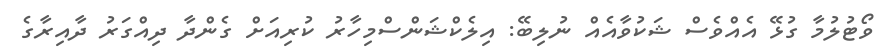
ވޯޓުލުމާ ގުޅޭ އެއްވެސް ޝަކުވާއެއް ނުލިބޭ: އިލެކްޝަންސްމިހާރު ކުރިއަށް ގެންދާ ދިއްގަރު ދާއިރާގެ